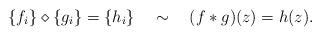
LaTeX: \begin{align*}\{f_i\}\diamond\{g_i\}=\{h_i\}\quad\sim\quad (f*g)(z)=h(z).\end{align*}